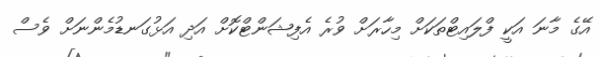
އޭގެ މާނަ އަކީ ފްލައިޓްތަކަށް މިހާރަށް ވުރެ އެފިޝަންޓްކޮށް އަދި އަޅުގަނޑުމެންނަށް ވެސް